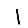
Digit: 1